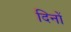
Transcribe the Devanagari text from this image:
दिनों